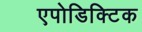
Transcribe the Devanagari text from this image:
एपोडिक्टिक